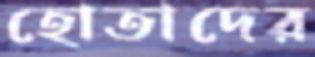
হোতাদের